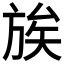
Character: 𫞀